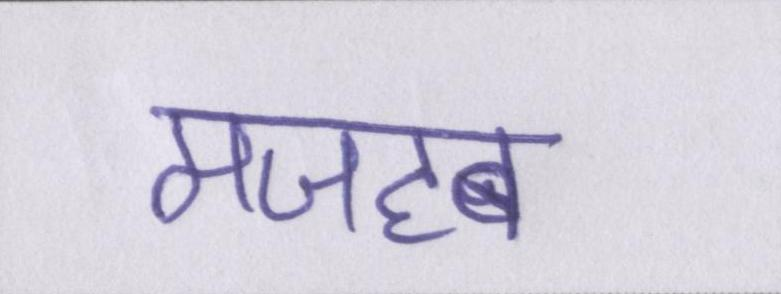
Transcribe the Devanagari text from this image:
मजहब